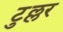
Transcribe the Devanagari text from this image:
टुल्लर